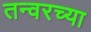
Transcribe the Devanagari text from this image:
तन्वरच्या